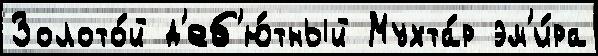
Золото́й д'еб'ю́тный Мухта́р эм'и́ра